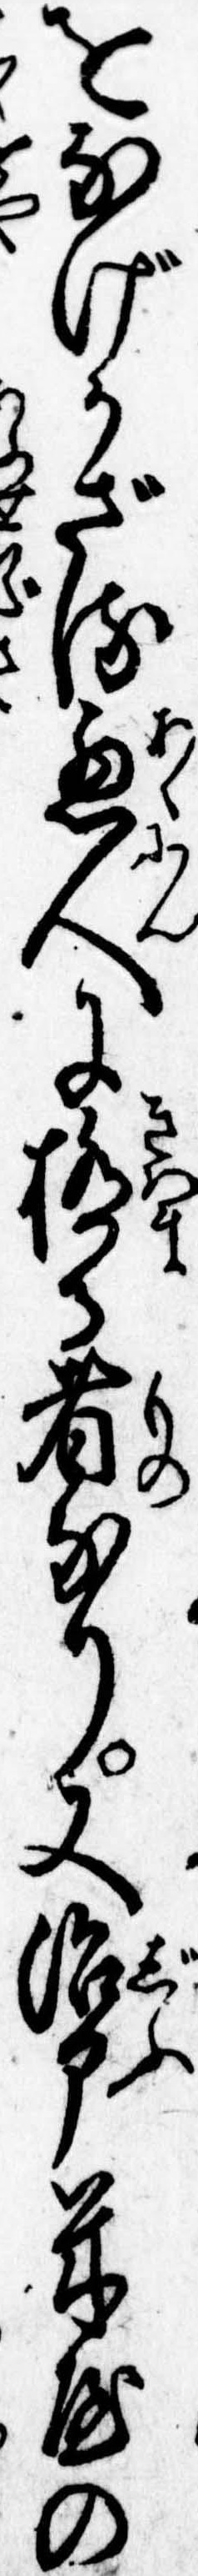
をなげかざる悪人に極る者なり又治部米屋の